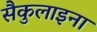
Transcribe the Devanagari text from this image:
सैकुलाइना